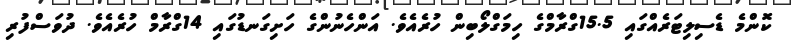
ކޮންމެ ޑެސިލިޓަރެއްގައި 15.5ގްރާމްގެ ހިމަގްލޯބިން ހުރެއެވެ. އަންހެނުންގެ ހަށިގަނޑުގައި 14ގްރާމް ހުރެއެވެ. ދުވަސްފުރި